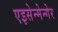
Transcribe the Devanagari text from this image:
एइसेन्मेन्गेर